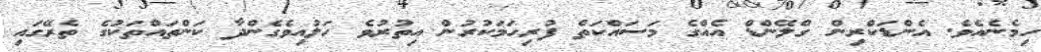
ހިމެނެއެވެ. އެންޑަކްރިން ގްލޭންޑް އެއްގެ މަސައްކަތް ފުރިހަމަކުރުން އިތުރުވެ ހަލުއިވެގެންދާ ކަންތައްތަކުގެ ތެރޭގައި